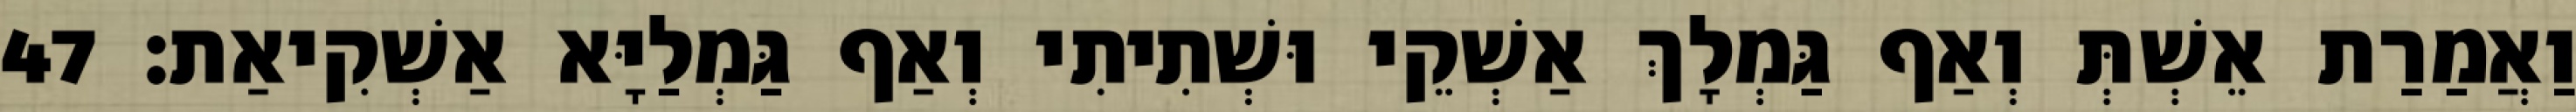
וַאֲמַרַת אֵשְׁתְּ וְאַף גַּמְלָךְ אַשְׁקֵי וּשְׁתִיתִי וְאַף גַּמְלַיָּא אַשְׁקִיאַת׃ 47